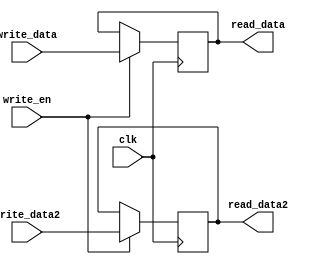

module regFile #(parameter N=32)( read_data, read_data2, write_en, write_data, write_data2, clk);

input write_en;
input[N-1:0] write_data, write_data2;
input clk;
output reg[N-1:0] read_data, read_data2;
reg[N-1:0] my_reg, my_reg2;

always @(*) begin
	read_data = my_reg;
	read_data2 = my_reg2;
end

always @(posedge clk) begin
	if(write_en==1) begin
		my_reg = write_data;
		my_reg2 = write_data2;
	end else if(write_en==0) begin
		my_reg = my_reg;
		my_reg2 = my_reg2;
	end
end

endmodule